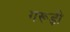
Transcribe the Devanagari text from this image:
गरूड़ी